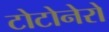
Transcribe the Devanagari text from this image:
टोटोनेरो